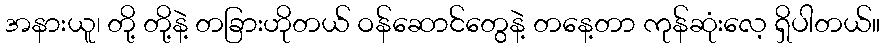
အနားယူ၊ တို့ တို့နဲ့ တခြားဟိုတယ် ဝန်ဆောင်တွေနဲ့ တနေ့တာ ကုန်ဆုံးလေ့ ရှိပါတယ်။